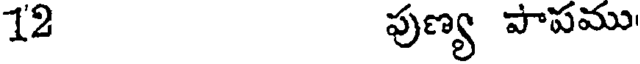
12 పుణ్య పాపము